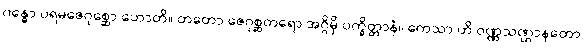
ဂန္ဓော ပရမဇေဂုစ္ဆော ဟောတိ။ တတော ဇေဂုစ္ဆတရော အဂ္ဂိမှိ ပက္ခိတ္တာနံ။ ကေသာ ဟိ ဝဏ္ဏသဏ္ဌာနတော